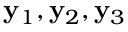
{ \bf y } _ { 1 } , { \bf y } _ { 2 } , { \bf y } _ { 3 }